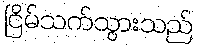
ငြိမ်သက်သွားသည်